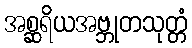
အစ္ဆရိယအဗ္ဘုတသုတ္တံ